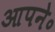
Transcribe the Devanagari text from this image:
आपने॰